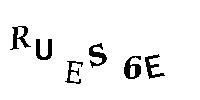
RUES6E